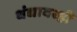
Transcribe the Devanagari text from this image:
धंद्यावरही